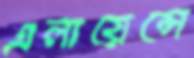
এলায়েন্সে